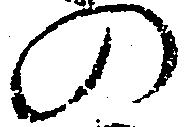
の